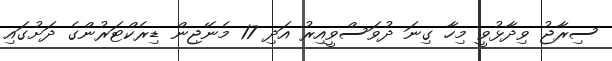
ސިރާޖު ވިދާޅުވީ މިހާ ގިނަ ދުވަސްވީއިރު އަދި 17 މެނޭޖިން ޑިރެކްޓަރުންގެ ދަށުގައި